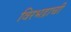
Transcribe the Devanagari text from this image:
विरभद्राची